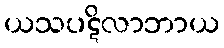
ယသပဋိလာဘာယ